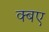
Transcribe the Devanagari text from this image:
क्बए